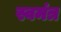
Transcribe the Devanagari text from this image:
स्वमंत्र